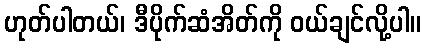
ဟုတ်ပါတယ်၊ ဒီပိုက်ဆံအိတ်ကို ဝယ်ချင်လို့ပါ။